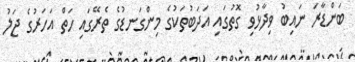
ބަންޑާރަ ނައިބު ވިދާޅުވި ގޮތުގައި އަދަބުތަކުގެ މިންގަނޑުގެ ތެރޭގައި ހަތް އަހަރުގެ ޖަލު